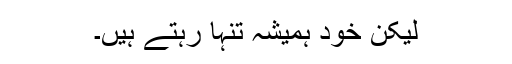
لیکن خود ہمیشہ تنہا رہتے ہیں۔